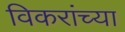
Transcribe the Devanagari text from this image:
विकरांच्या